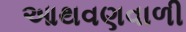
આથવણવાળી